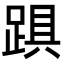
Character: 𨁺